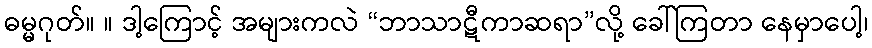
ဓမ္မဂုတ်။ ။ ဒါ့ကြောင့် အများကလဲ “ဘာသာဋီကာဆရာ”လို့ ခေါ်ကြတာ နေမှာပေါ့၊